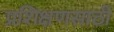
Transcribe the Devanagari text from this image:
प्रशिक्षणसाठी